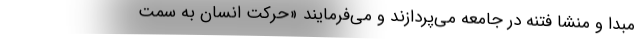
مبدا و منشا فتنه در جامعه می‌پردازند و می‌فرمایند «حرکت انسان به سمت